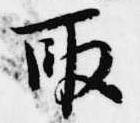
取